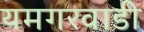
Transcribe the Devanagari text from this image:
यमगरवाडी